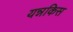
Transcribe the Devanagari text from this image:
यन्नकिस